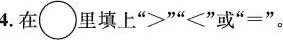
4.在\circ里填上”≥””<”或”一”。